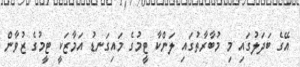
އޭގެ ބަދަލުގައި މި މުބާރާތުގައި ލަންކާ ޓީމުގެ މައިގަނޑު އަމާޒަކީ ޓީމުގެ ޒުވާން